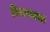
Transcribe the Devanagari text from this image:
निरुपजाऊ